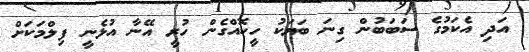
އަދި އެކަމުގެ ސަބަބުން ގިނަ ބަޔަކު ހީކޮއްގެން ހުރީ އޭނާ އުޅެނީ ފިލްމަކަށް